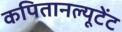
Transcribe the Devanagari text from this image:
कपितानल्यूटेंट